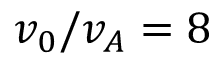
v _ { 0 } / v _ { A } = 8